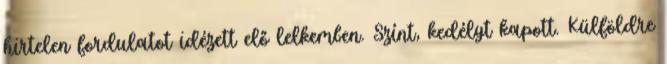
hirtelen fordulatot idézett elő lelkemben. Színt, kedélyt kapott. Külföldre